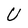
Character: U